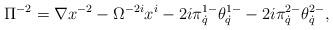
LaTeX: \begin{align*}\Pi^{-2}=\nabla x^{-2}-\Omega^{-2i}x^i-2i\pi^{1-}_{\dot q}\theta^{1-}_{\dot q}-2i\pi^{2-}_{\dot q}\theta^{2-}_{\dot q},\end{align*}